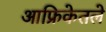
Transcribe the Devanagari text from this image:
आफ्रिकेतले